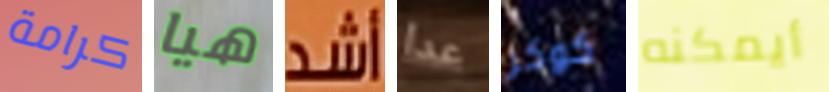
كرامة هيا أشد عدا كوكر أيمكنه